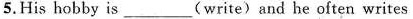
5.His hobby is___(write)and he often writes